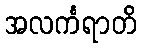
အလင်္ကရာတိ